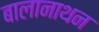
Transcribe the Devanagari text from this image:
बालानाथन